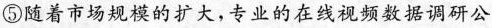
⑤随着市场规模的扩大，专业的在线视频数据调研公